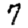
Digit: 7